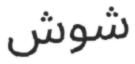
شوش